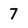
Character: 7